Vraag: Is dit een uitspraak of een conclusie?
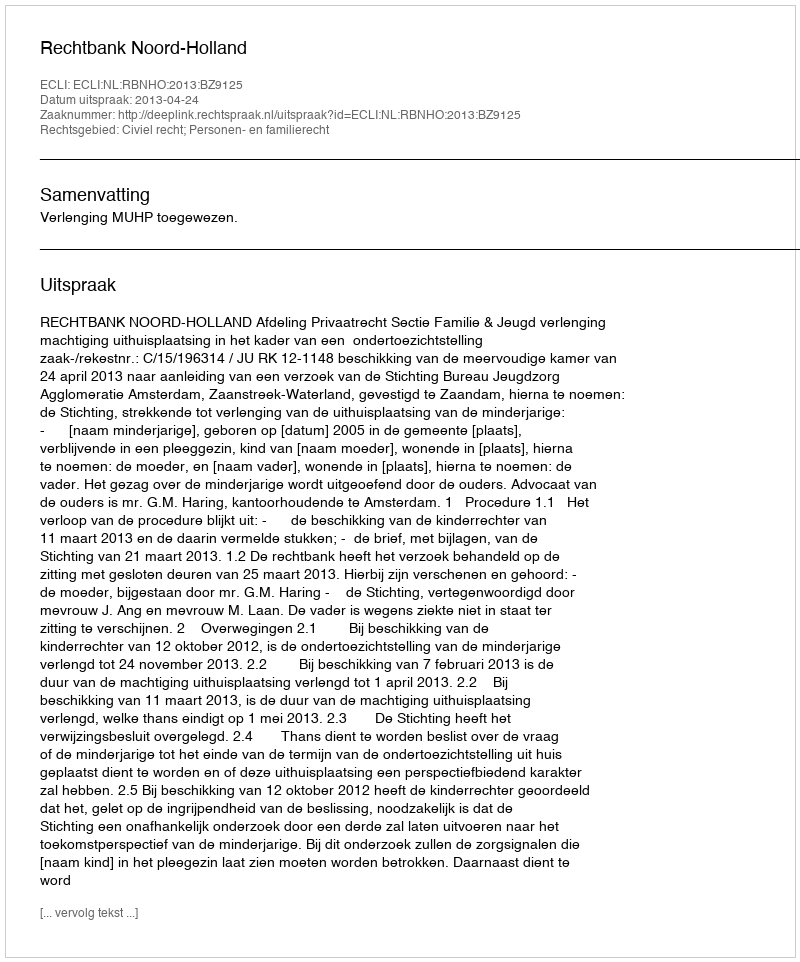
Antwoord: Uitspraak